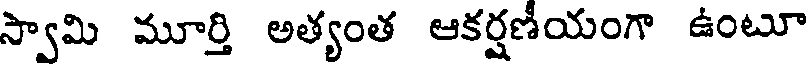
స్వామి మూర్తి అత్యంత ఆకర్షణీయంగా ఉంటూ